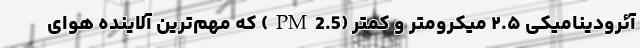
آئرودینامیکی ۲.۵ میکرومتر و کمتر (PM2.5) که مهم‌ترین آلاینده هوای